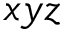
x y z